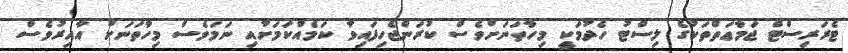
ޓެރަރިސްޓް ޖަމާޢަތްތަކުގެ ލިސްޓު ހެދުމަކީ މިހާތަނަށްވެސް ކުރަންޖެހިފައިވާ ކަމެއްކަމަށާއި ނަމަވެސް މިހާތަނަށް އާއިރުވެސް